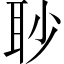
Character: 𦕈